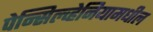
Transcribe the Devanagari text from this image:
पेन्सिल्व्हेनियामधील